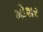
મોશર